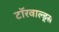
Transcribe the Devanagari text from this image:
टॉरवाल्ड्स